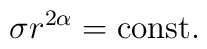
\sigma r^{2\alpha} = \mbox{const}.